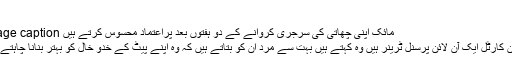
‘
Image caption مائک اپنی چھاتی کی سرجری کروانے کے دو ہفتوں بعد پراعتماد محسوس کرتے ہیں
ڈائرن کارٹل ایک آن لائن پرسنل ٹرینر ہیں وہ کہتے ہیں بہت سے مرد اُن کو بتاتے ہیں کہ وہ اپنے پیٹ کے خدو خال کو بہتر بنانا چاہتے ہیں۔